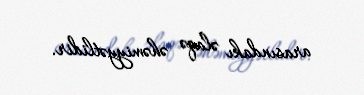
arasındakı əlaqə əhəmiyyətlidir.